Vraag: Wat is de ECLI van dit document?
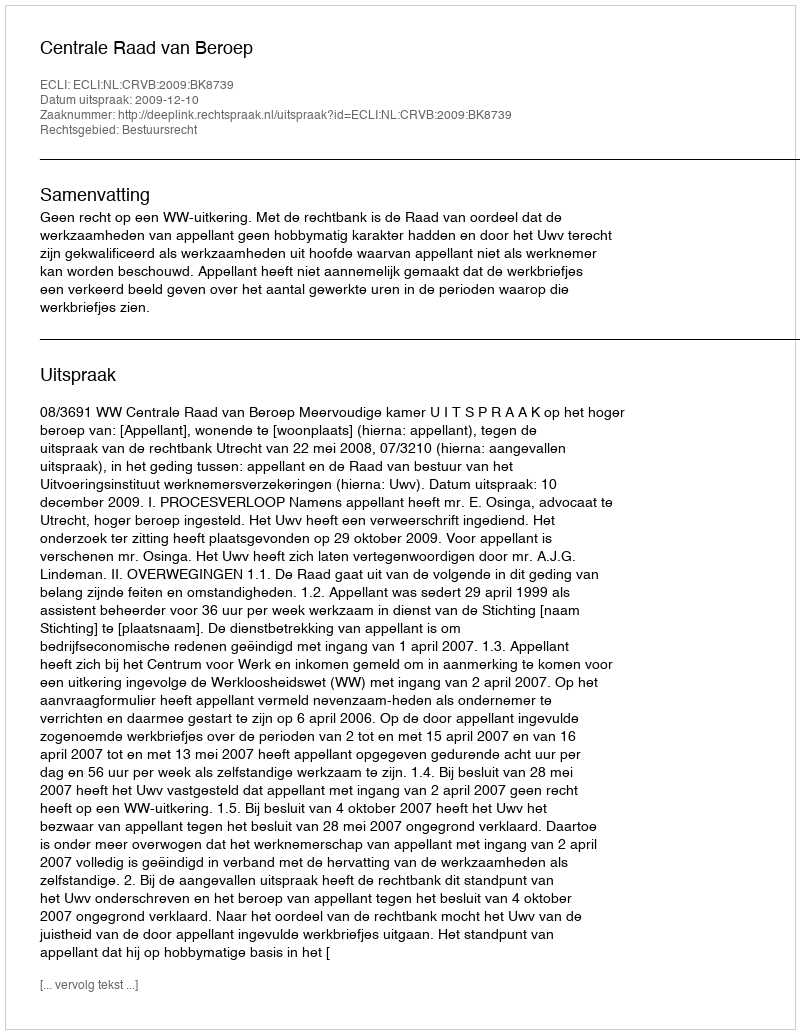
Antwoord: ECLI:NL:CRVB:2009:BK8739